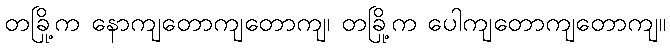
တခြို့က နောကျတောကျတောကျ၊ တခြို့က ပေါကျတောကျတောကျ။